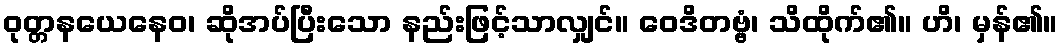
ဝုတ္တနယေနေဝ၊ ဆိုအပ်ပြီးသော နည်းဖြင့်သာလျှင်။ ဝေဒိတဗ္ဗံ၊ သိထိုက်၏။ ဟိ၊ မှန်၏။